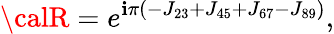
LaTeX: {\calR}=e^{\mathbf{i}\pi\left(-J_{23}+J_{45}+J_{67}-J_{89}\right)},